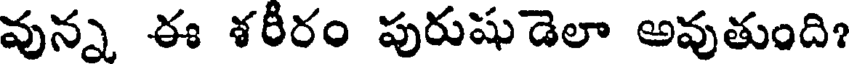
వున్న ఈ శరీరం పురుషుడెలా అవుతుంది?